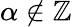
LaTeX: \alpha\not\in\mathbb{Z}